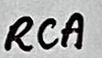
Text: RCA